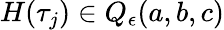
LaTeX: H(\tau_{j})\in Q_{\epsilon}(a,b,c)